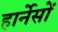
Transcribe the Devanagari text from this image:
हार्नेसों